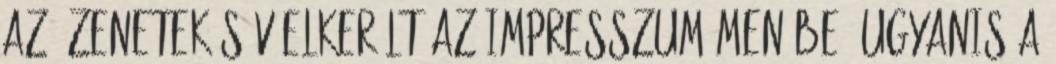
az üzenetek sáv elkerült az Impresszum menübe, ugyanis a